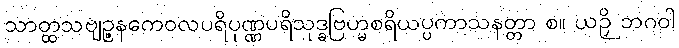
သာတ္ထသဗျဉ္ဇနကေဝလပရိပုဏ္ဏပရိသုဒ္ဓဗြဟ္မစရိယပ္ပကာသနတ္တာ စ။ ယဉှိ ဘဂဝါ